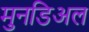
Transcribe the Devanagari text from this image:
मुनडिअल